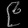
Digit: ၉